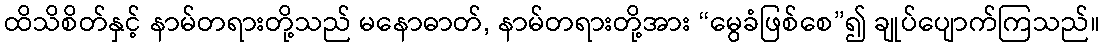
ထိသိစိတ်နှင့် နာမ်တရားတို့သည် မနောဓာတ်, နာမ်တရားတို့အား “မွေခံဖြစ်စေ”၍ ချုပ်ပျောက်ကြသည်။